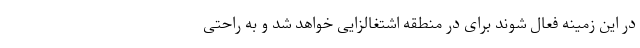
در این زمینه فعال شوند برای در منطقه اشتغالزایی خواهد شد و به راحتی